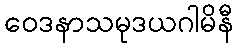
ဝေဒနာသမုဒယဂါမိနီ